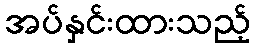
အပ်နှင်းထားသည့်